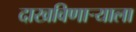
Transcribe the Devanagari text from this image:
दाखविणार्‍याला